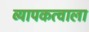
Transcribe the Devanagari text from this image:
व्यापकत्वाला